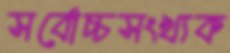
সর্বোচ্চসংখ্যক